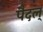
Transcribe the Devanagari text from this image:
पैदल्